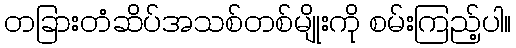
တခြားတံဆိပ်အသစ်တစ်မျိုးကို စမ်းကြည့်ပါ။